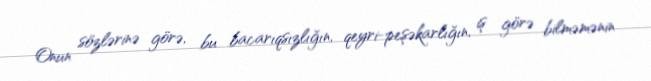
Onun sözlərinə görə, bu bacarıqsızlığın, qeyri-peşəkarlığın, iş görə bilməmənin